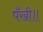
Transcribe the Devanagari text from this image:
पँखी॥